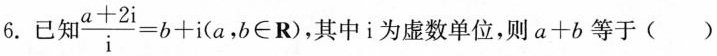
6.已知$$\frac { a + 2 i } { i } = b + i ( a , b \in R )$$，其中i为虚数单位，则$$a + b$$等于( )